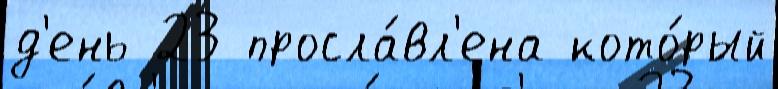
д'ень 23 просла́вл'ена кото́рый